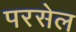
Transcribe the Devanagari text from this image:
परसेल